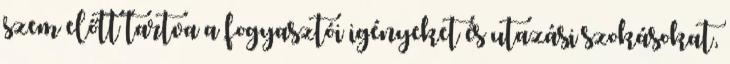
szem előtt tartva a fogyasztói igényeket és utazási szokásokat,